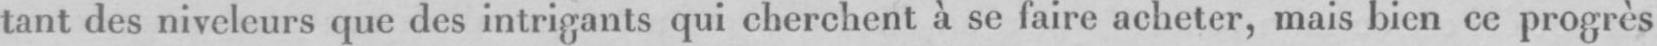
taut des niveleurs que des intrigants qui cherchent à se faire acheter, mais bien ce progrès